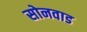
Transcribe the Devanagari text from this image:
सोनवाड